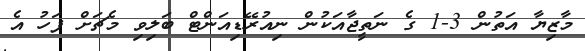
މާޒިޔާ އަތުން 3-1 ގެ ނަތީޖާއަކުން ނިއުރޭޑިއަންޓް ބަލިވި މެޗަށް ފަހު އެ